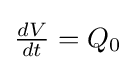
{\tfrac {dV}{dt}}=Q_{0}